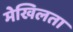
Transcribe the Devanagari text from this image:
मेखिलता